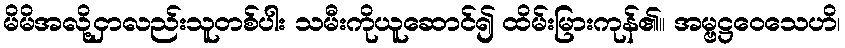
မိမိအလို့ငှာလည်းသူတစ်ပါး သမီးကိုယူဆောင်၍ ထိမ်းမြားကုန်၏။ အမ္ဗဋ္ဌဝေသေဟိ၊